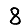
Digit: 8